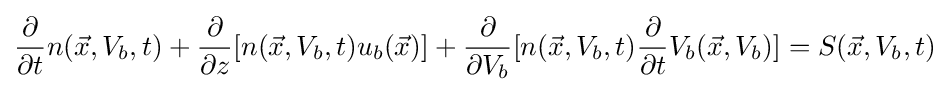
{\frac {\partial }{\partial t}}n({\vec {x}},V_{b},t)+{\frac {\partial }{\partial z}}[n({\vec {x}},V_{b},t)u_{b}({\vec {x}})]+{\frac {\partial }{\partial V_{b}}}[n({\vec {x}},V_{b},t){\frac {\partial }{\partial t}}V_{b}({\vec {x}},V_{b})]=S({\vec {x}},V_{b},t)